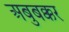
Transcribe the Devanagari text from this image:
अबुबक्कर